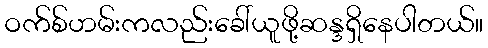
ဝက်စ်ဟမ်းကလည်းခေါ်ယူဖို့ဆန္ဒရှိနေပါတယ်။